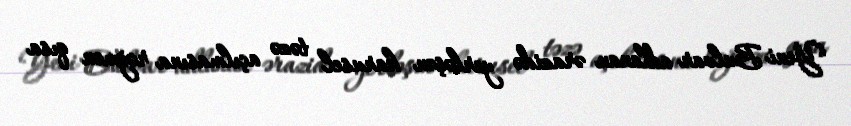
Yeni Bulvar adlanan ərazidə yerləşən karusel təzə açılmasına rəğmən qısa